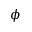
\phi